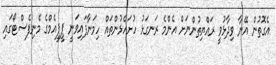
އެގޮތުން އޭނާ ވިދާޅުވީ ރައްޔިތުންނަށް އެންމެ ރަނގަޅު ހުށަހެޅުންތައް ހިމަނާފައިވަނީ ޕީޕީއެމްގެ މެނިފެސްޓޯގައި